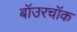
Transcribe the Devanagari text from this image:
बॉउरचॉक